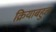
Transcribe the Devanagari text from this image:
क्रियाबहुल